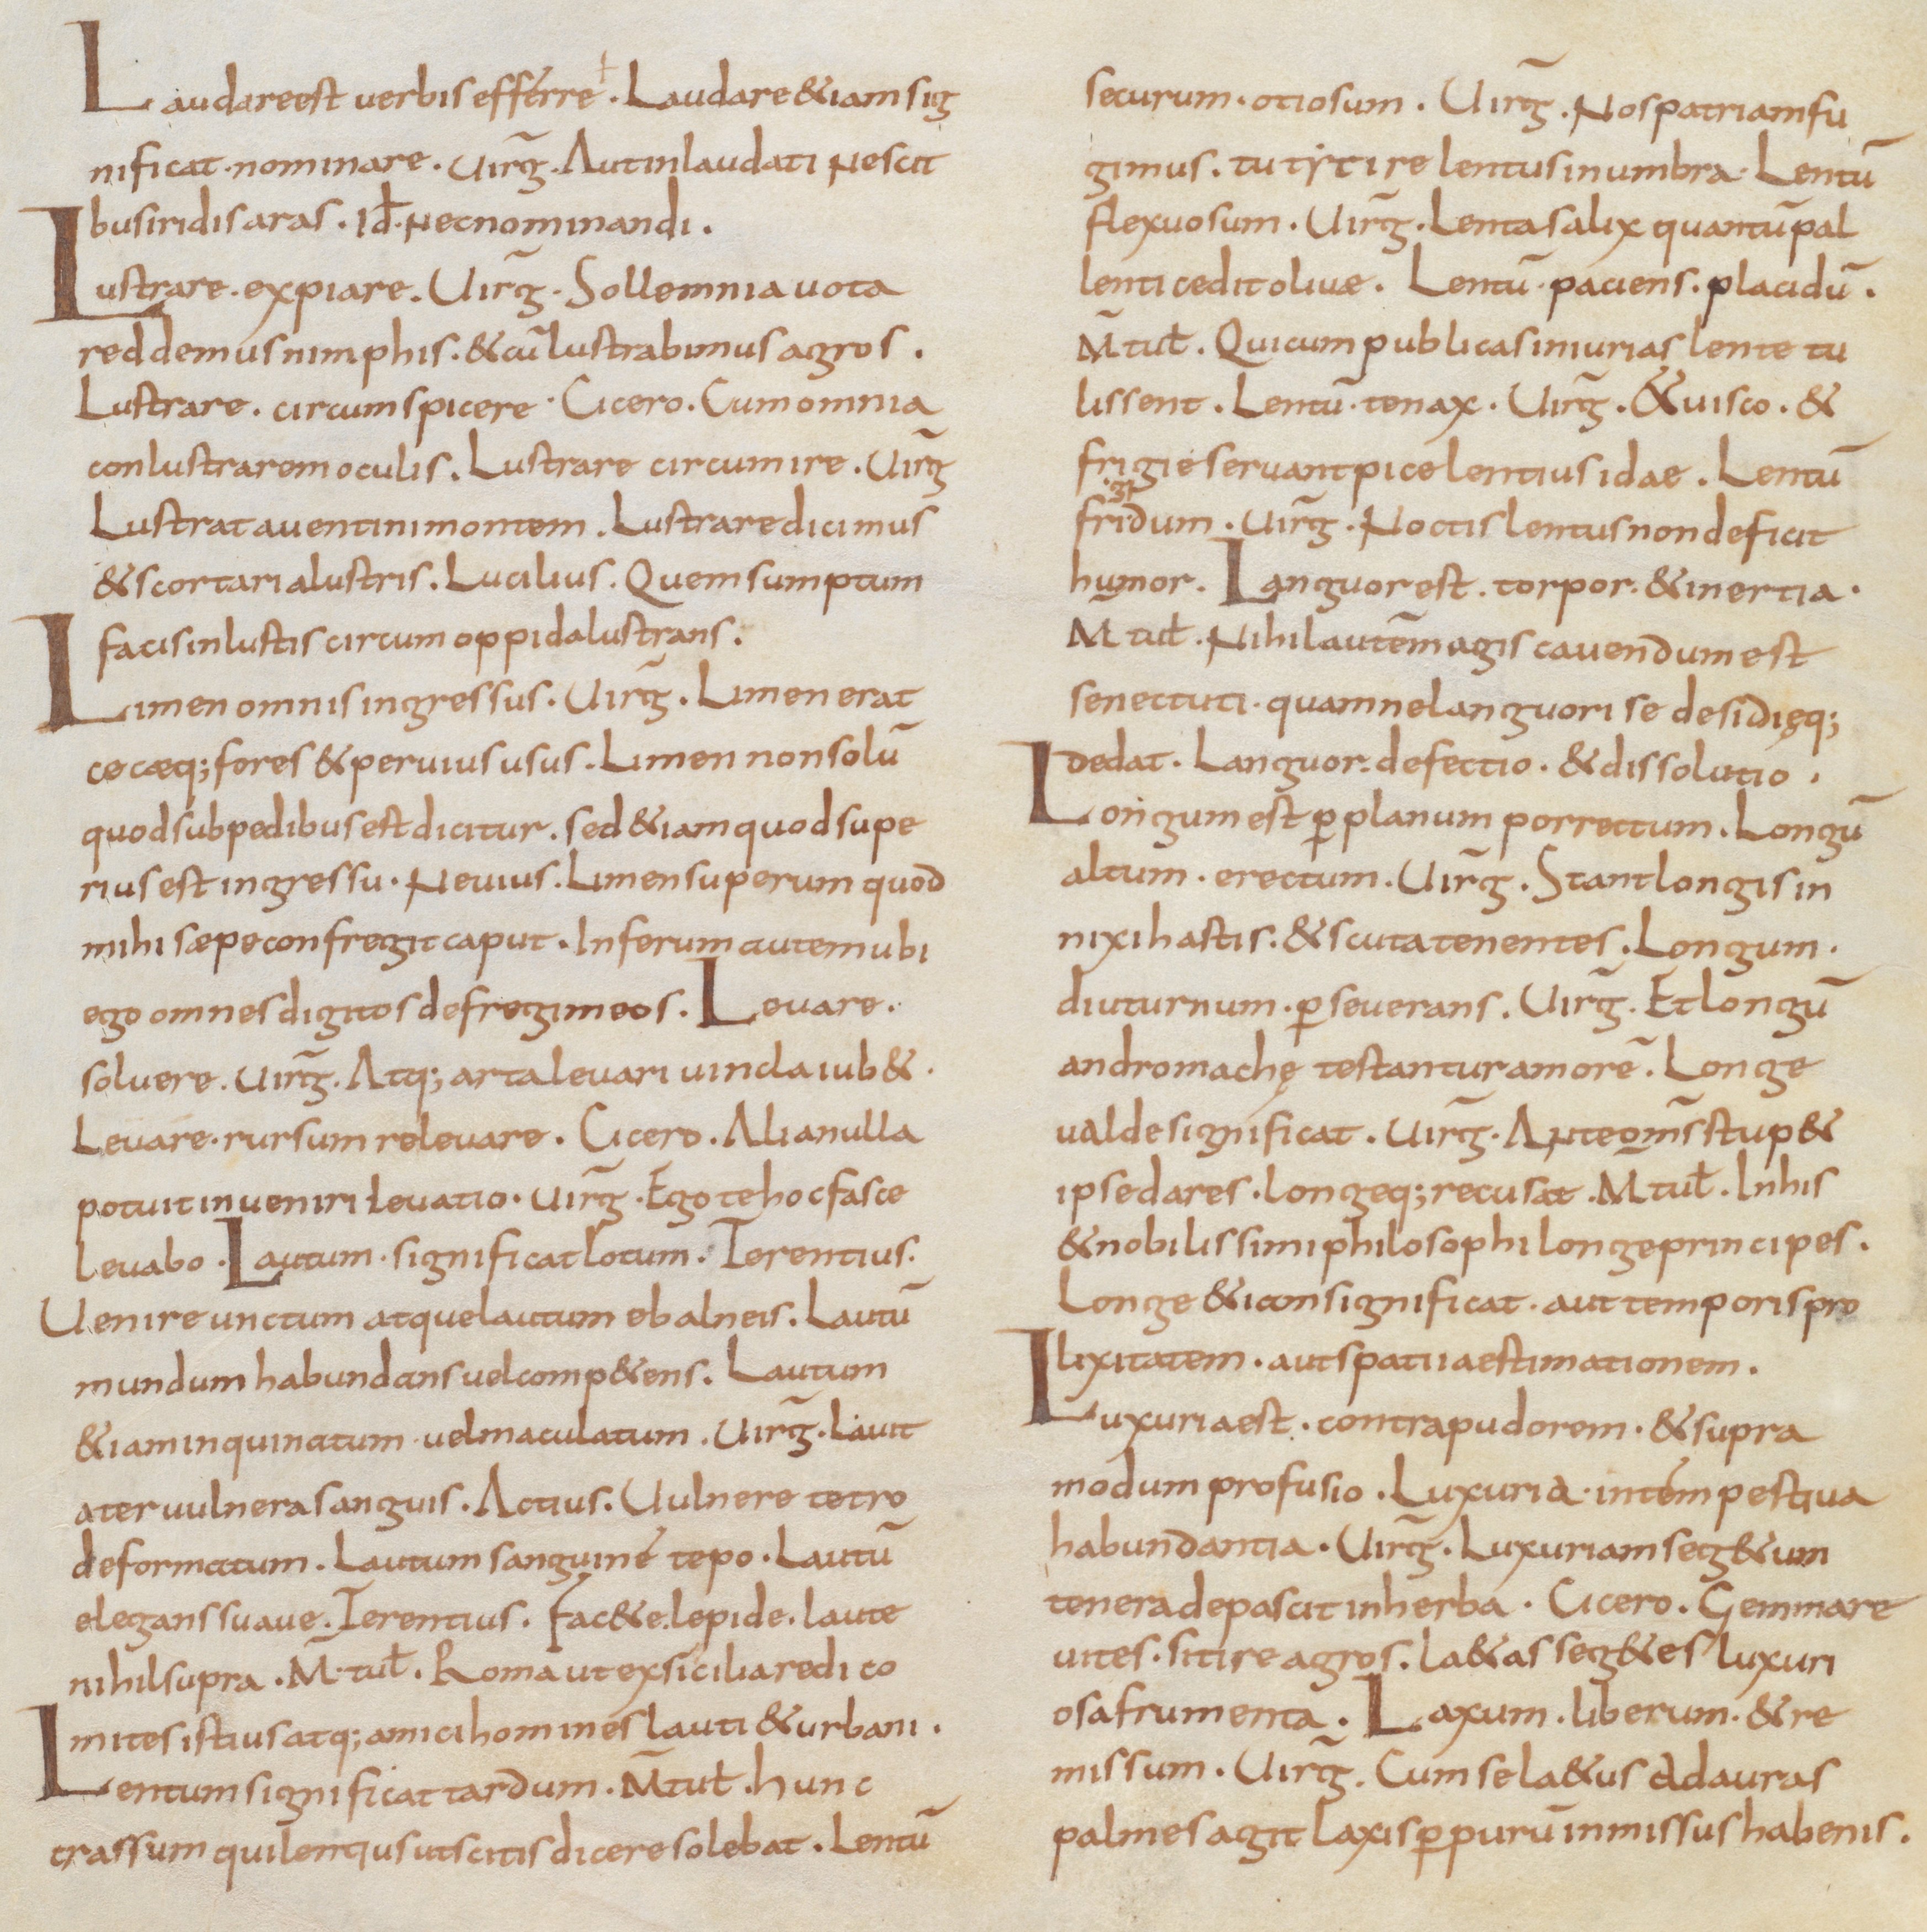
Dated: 850–899